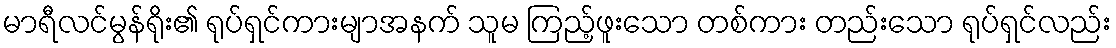
မာရီလင်မွန်ရိုး၏ ရုပ်ရှင်ကားမျာအနက် သူမ ကြည့်ဖူးသော တစ်ကား တည်းသော ရုပ်ရှင်လည်း